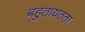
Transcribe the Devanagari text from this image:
बहुतायतता